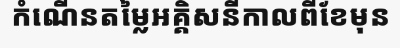
កំណើនតម្លៃអគ្គិសនីកាលពីខែមុន